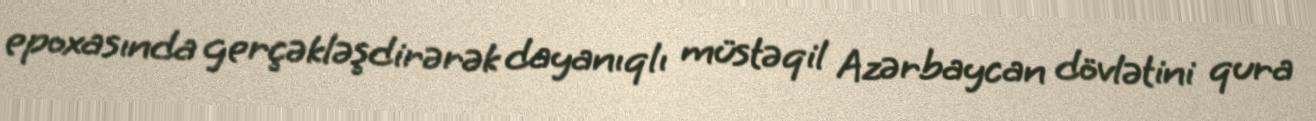
epoxasında gerçəkləşdirərək dayanıqlı müstəqil Azərbaycan dövlətini qura